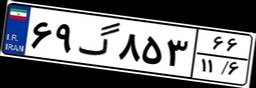
۶۹گ۸۵۳۶۶